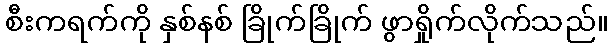
စီးကရက်ကို နှစ်နစ် ခြိုက်ခြိုက် ဖွာရှိုက်လိုက်သည်။